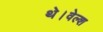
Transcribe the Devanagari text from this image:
थे।वेल्श